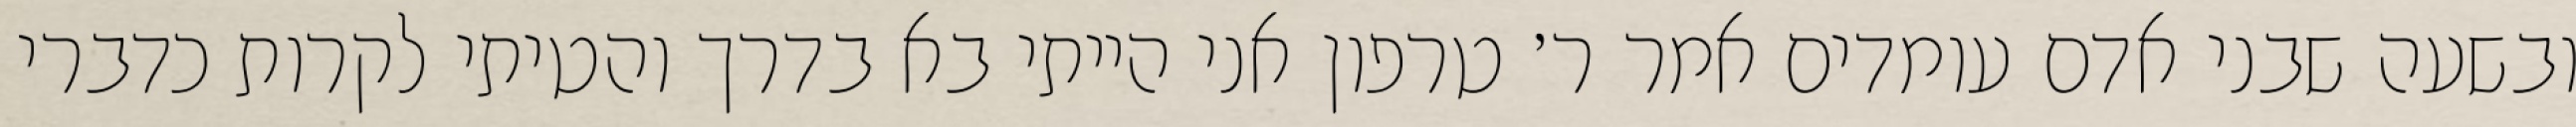
ובשעה שבני אדם עומדים אמר ר׳ טרפון אני הייתי בא בדרך והטיתי לקרות כדברי